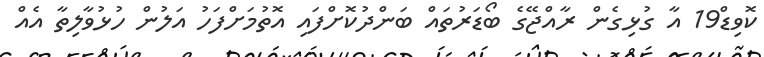
ކޮވިޑް19 އާ ގުޅިގެން ރާއްޖޭގެ ބޯޑަރުތައް ބަންދުކޮށްފައި އޮތުމަށްފަހު އަލުން ހުޅުވާލިތާ އެއް